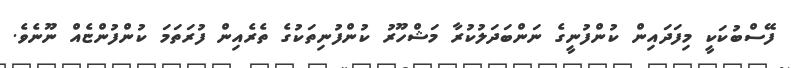
ފޭސްބުކަކީ މިފަދައިން ކުންފުނީގެ ނަންބަދަލުކުރާ މަޝްހޫރު ކުންފުނިތަކުގެ ތެރެއިން ފުރަތަމަ ކުންފުންޏެއް ނޫނެވެ.